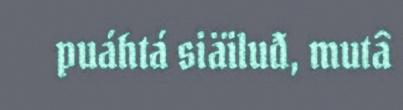
puáhtá siäiluđ, mutâ